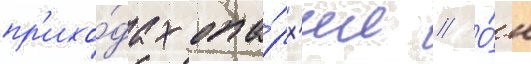
пр'ихо́дах епа́рх'ии // О́н